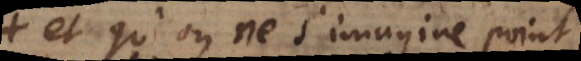
et qu’on ne s’imagine point